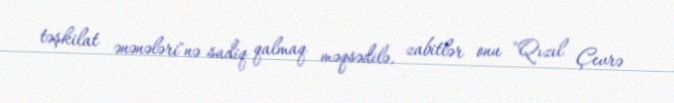
təşkilat ənənələri"nə sadiq qalmaq məqsədilə, zabitlər onu "Qızıl Çevrə